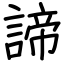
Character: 諦